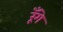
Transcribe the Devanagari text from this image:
रूँगे